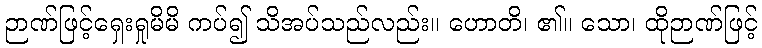
ဉာဏ်ဖြင့်ရှေးရှုမိမိ ကပ်၍ သိအပ်သည်လည်း။ ဟောတိ၊ ၏။ သော၊ ထိုဉာဏ်ဖြင့်